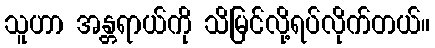
သူဟာ အန္တရာယ်ကို သိမြင်လို့ရပ်လိုက်တယ်။